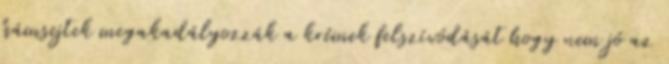
hámsejtek megakadályozzák a krémek felszívódását hogy nem jó az